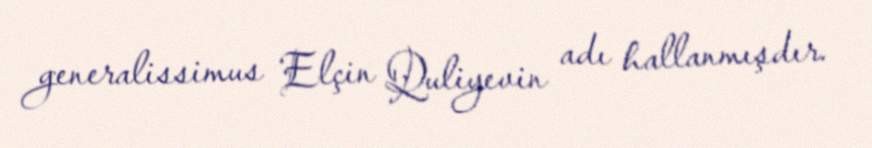
generalissimus Elçin Quliyevin adı hallanmışdır.